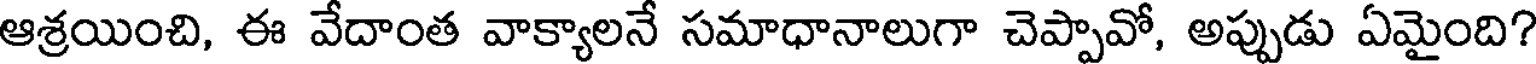
ఆశ్రయించి, ఈ వేదాంత వాక్యాలనే సమాధానాలుగా చెప్పావో, అప్పుడు ఏమైంది?